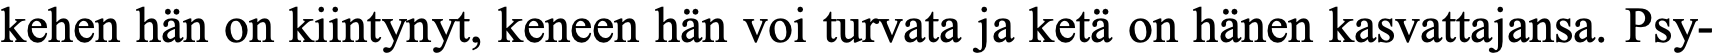
kehen hän on kiintynyt, keneen hän voi turvata ja ketä on hänen kasvattajansa. Psy-